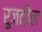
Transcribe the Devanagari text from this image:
रुजतील